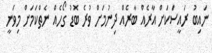
ނައިބު ރައީސަކަށް އާރެއް ބާރެއް ދިނުމަށް ވުރެ ބޮޑު ގޯހެއް ނެތްކަމަށް މިވަނީ